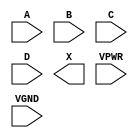
module sky130_fd_sc_hs__and4 (
    //# {{data|Data Signals}}
    input  A   ,
    input  B   ,
    input  C   ,
    input  D   ,
    output X   ,

    //# {{power|Power}}
    input  VPWR,
    input  VGND
);
endmodule